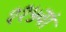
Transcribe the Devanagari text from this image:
११५वां